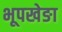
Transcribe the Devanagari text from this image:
भूपखेङा